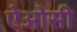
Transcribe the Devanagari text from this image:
ऐओसी